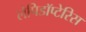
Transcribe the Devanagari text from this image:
लेपिडॉप्टेरिस